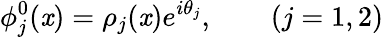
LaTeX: \phi_{j}^{0}(\mathit{x})=\rho_{j}(\mathit{x}){e}^{i\theta_{j}},\qquad(j=1,2)